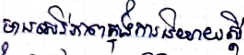
មានសេរីភាពក្នុងការនិយាយស្តី